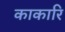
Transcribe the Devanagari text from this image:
काकारि